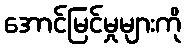
အောင်မြင်မှုများကို